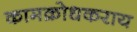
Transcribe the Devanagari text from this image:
कामक्रोधकराय